Lunatic asylums Punjab 1895-1910 - 1895-1910
Year: 1895
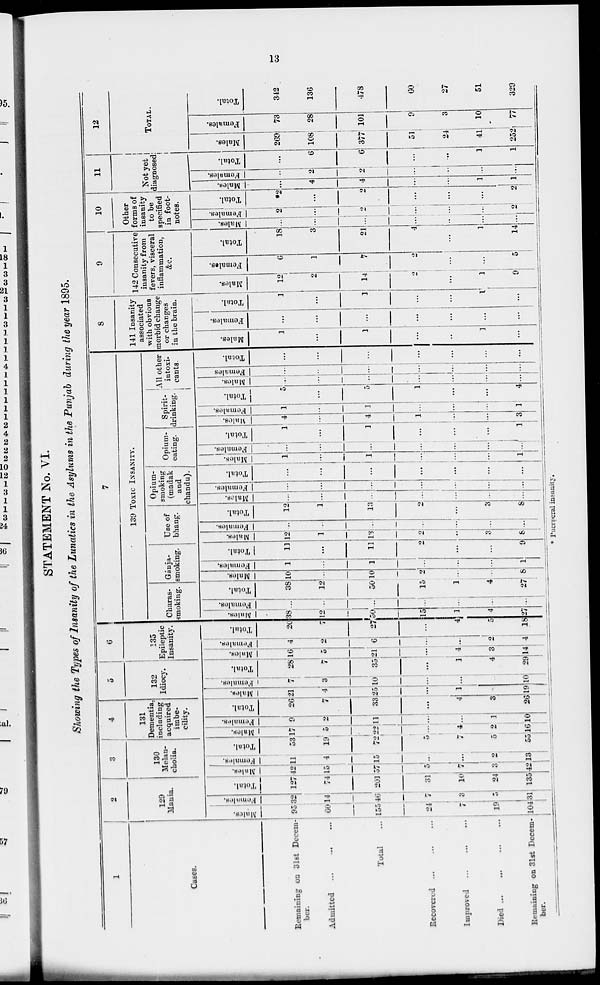
13
STATEMENT No. VI.
Showing the Types of Insanity of the Lunatics in the Asylums in the Punjab during the year 1895.
1
Cases.
Remaining on 31st Decem-
ber.
Admitted
...
...
...
Total...
Recovered...
...
...
Improved... ... ...
Died...
...
...
...
Remaining on 31st Decem-
ber.
2
129
Mania.
Males.
95
60
155
24
7
19
104
Females.
32
14
46
7
3
5
31
Total.
127
74
201
31
10
24
135
3
130
Melan-
cholia.
Males.
42
15
57
5
7
3
42
Females.
11
4
l5
...
...
2
13
Total.
53
19
72
5
7
5
55
4
131
Dementia,
including
acquired
imbe-
cility.
Males.
17
5
22
...
4
2
16
Females.
9
2
11
...
...
1
10
Total.
26
7
33
...
4
3
26
5
132
Idiocy.
Males.
21
4
25
...
1
...
19
Females.
7
3
10
...
...
10
Total.
1
7
35
...
1
4
29
6
135
Epileptic
Insanity.
Males.
16
5
21
...
4
3
14
Females.
4
2
6
...
...
2
4
Total.
20
7
27
...
4
5
18
7
139 Toxic INSANITY.
Charas-
smokiug.
Males.
38
12
50
15
1
4
17
Females.
...
...
...
...
...
...
...
Total.
38
12
50
15
1
4
27
Gánja-
smoking.
Males.
10
...
10
2
...
...
8
Females.
1
...
1
...
...
...
1
Total.
11
...
11
2
...
...
9
Use of
bhang.
Males.
12
...
13
2
...
3
8
Females.
...
...
...
...
...
...
...
Total.
12
1
13
2
...
3
8
Opium-
smoking
(madak
and
chandu).
Males.
...
...
...
...
...
...
...
Females.
...
...
...
...
...
...
...
Total.
...
...
...
...
...
...
...
Opium-
eating.
Males.
1
...
1
...
...
...
1
Females.
...
...
...
...
...
...
...
Total.
1
...
1
...
...
...
1
Spirit-
drinking.
Males.
4
...
4
1
...
...
3
Females.
1
...
1
...
...
...
1
Total.
5
...
5
1
...
...
4
A11 other
intoxi-
cants.
Males.
...
...
...
...
...
...
...
Females
...
...
...
...
...
...
...
Total.
...
...
...
...
...
...
...
8
141 Insanity
associated
with obvious
morbid change
or changes
in the brain.
Males.
1
...
1
...
...
1
...
Females.
...
...
...
...
...
...
...
Total.
1
...
1
...
...
1
...
9
142 Consecutive
insanity from
fevers, visceral
inflammation,
&c.
Males.
12
2
14
2
...
1
9
Females.
6
1
7
2
...
...
5
Total.
18
3
21
4
...
1
14
10
Other
forms of
insanity
to be
specified
in foot-
notes.
Males.
...
...
...
...
...
...
Females.
2
...
2
...
...
...
2
Total.
*2
...
2
...
...
...
2
11
Not yet
diagnosed
Males.
...
4
4
...
...
1
1
Females.
...
2
2
...
...
...
...
Total.
...
6
6
...
...
1
1
12
TOTAL.
Males.
269
108
377
51
24
41
252
Females.
73
28
101
9
3
10
77
Total.
342
136
478
60
27
51
329
* Puerperal insanity.